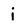
Character: i